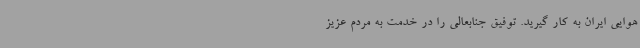
هوایی ایران به کار گیرید. توفیق جنابعالی را در خدمت به مردم عزیز